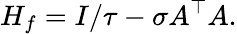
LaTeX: H_{f}=I/\tau-\sigma A^{\top}A.